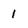
Character: 1